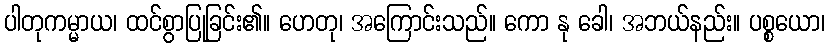
ပါတုကမ္မာယ၊ ထင်စွာပြုခြင်း၏။ ဟေတု၊ အကြောင်းသည်။ ကော နု ခေါ၊ အဘယ်နည်း။ ပစ္စယော၊